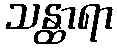
သန္ထာရာ